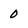
Character: 0